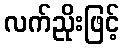
လက်ညိုးဖြင့်